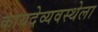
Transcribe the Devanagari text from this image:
कायदेव्यवस्थेला